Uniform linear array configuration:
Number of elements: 12
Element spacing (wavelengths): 0.25
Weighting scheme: uniform
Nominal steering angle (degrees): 0
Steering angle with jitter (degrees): -0.1373
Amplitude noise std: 0.05
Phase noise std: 0.05

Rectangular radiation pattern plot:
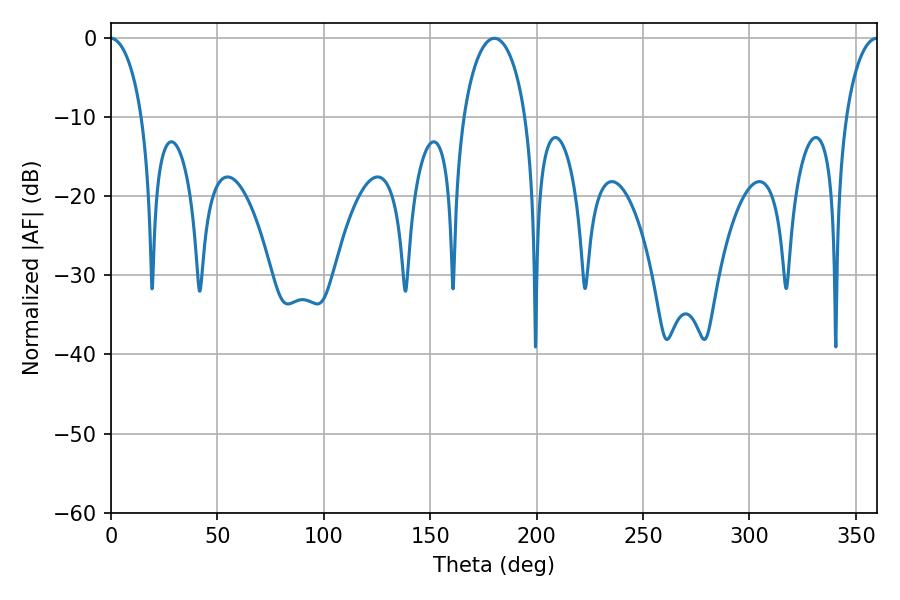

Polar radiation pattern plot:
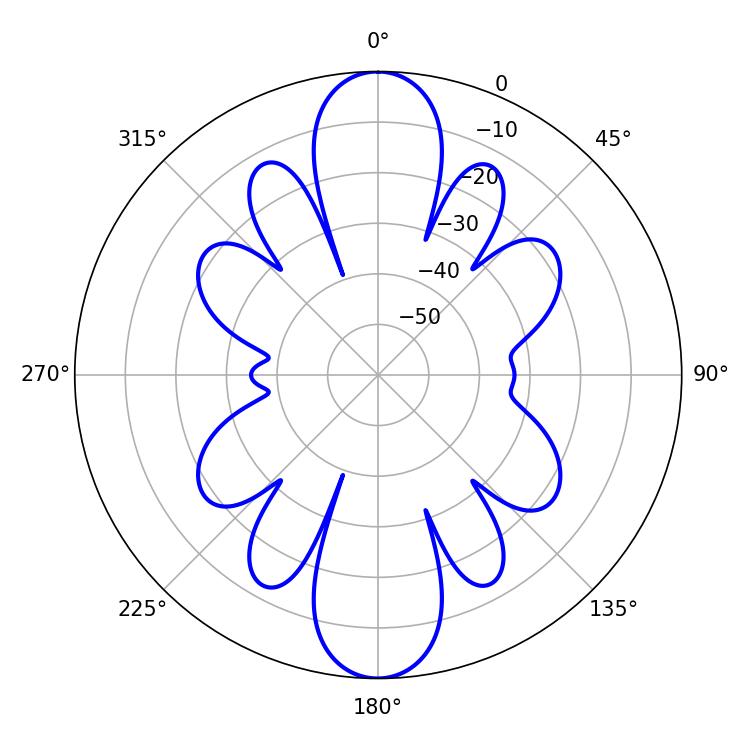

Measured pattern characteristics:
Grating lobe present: FALSE
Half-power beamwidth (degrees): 16.92
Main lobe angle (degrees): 180.18